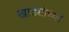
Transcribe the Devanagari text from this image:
खाड्यांच्या